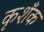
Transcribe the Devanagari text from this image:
कृशँक